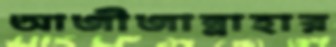
আজীজান্নাহার